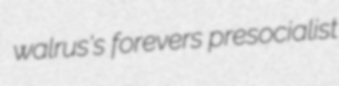
walrus's forevers presocialist